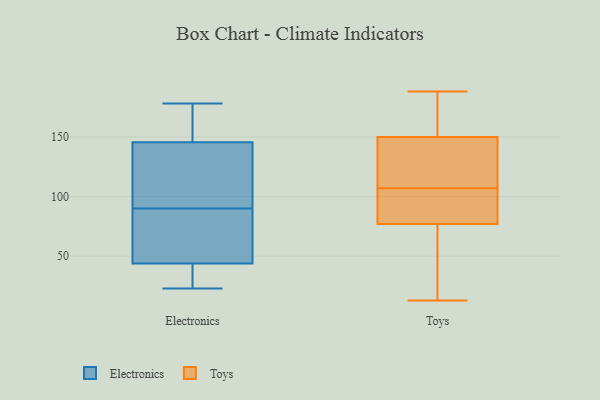
{"axis": {"x": "Bounce Rate (%)", "y": "Value"}, "legend": ["Electronics", "Toys"], "data": [{"x": "", "y": 44, "type": "Electronics"}, {"x": "", "y": 83, "type": "Electronics"}, {"x": "", "y": 98, "type": "Electronics"}, {"x": "", "y": 38, "type": "Electronics"}, {"x": "", "y": 82, "type": "Electronics"}, {"x": "", "y": 97, "type": "Electronics"}, {"x": "", "y": 44, "type": "Electronics"}, {"x": "", "y": 172, "type": "Electronics"}, {"x": "", "y": 165, "type": "Electronics"}, {"x": "", "y": 178, "type": "Electronics"}, {"x": "", "y": 23, "type": "Electronics"}, {"x": "", "y": 126, "type": "Electronics"}, {"x": "", "y": 64, "type": "Toys"}, {"x": "", "y": 156, "type": "Toys"}, {"x": "", "y": 90, "type": "Toys"}, {"x": "", "y": 130, "type": "Toys"}, {"x": "", "y": 176, "type": "Toys"}, {"x": "", "y": 94, "type": "Toys"}, {"x": "", "y": 74, "type": "Toys"}, {"x": "", "y": 13, "type": "Toys"}, {"x": "", "y": 120, "type": "Toys"}, {"x": "", "y": 50, "type": "Toys"}, {"x": "", "y": 146, "type": "Toys"}, {"x": "", "y": 42, "type": "Toys"}, {"x": "", "y": 139, "type": "Toys"}, {"x": "", "y": 188, "type": "Toys"}, {"x": "", "y": 138, "type": "Toys"}, {"x": "", "y": 154, "type": "Toys"}, {"x": "", "y": 80, "type": "Toys"}, {"x": "", "y": 155, "type": "Toys"}, {"x": "", "y": 83, "type": "Toys"}, {"x": "", "y": 85, "type": "Toys"}]}